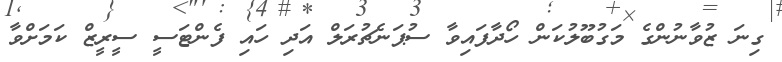
ގިނަ ޒުވާނުންގެ މަގުބޫލުކަން ހޯދާފައިވާ ސުޕަނެޗުރަލް އަދި ހައި ފެންޓަސީ ސީރީޒް ކަމަށްވާ